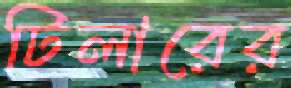
টিলারের